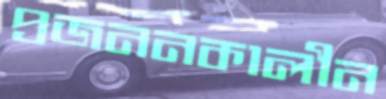
প্রজননকালীন